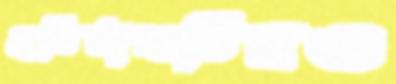
প্রতিষ্ঠানটিরও